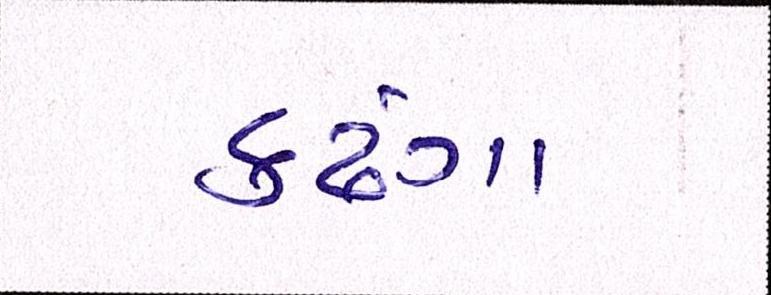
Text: કઢંગા